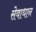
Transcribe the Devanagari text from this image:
सेवाधान